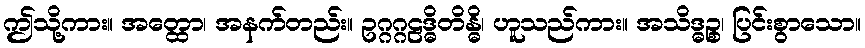
ဤသို့ကား။ အတ္ထော၊ အနက်တည်း။ ဥဂ္ဂဂ္ဂဠဒ္ဓိတိန္ဓိ၊ ဟူသည်ကား။ အသိဒ္ဓဉ္စ၊ ပြင်းစွာသော။